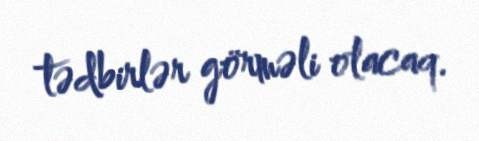
tədbirlər görməli olacaq.